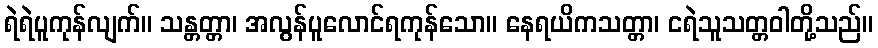
ရဲရဲပူကုန်လျက်။ သန္တတ္တာ၊ အလွန်ပူလောင်ရကုန်သော။ နေရယိကသတ္တာ၊ ငရဲသူသတ္တဝါတို့သည်။